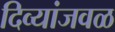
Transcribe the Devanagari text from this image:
दिव्यांजवळ